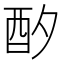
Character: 𲆦